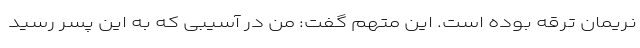
نریمان ترقه بوده است. این متهم گفت: من در آسیبی که به این پسر رسید